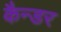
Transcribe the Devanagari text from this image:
कैन्डर